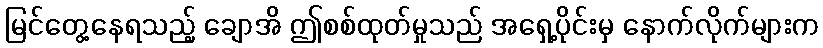
မြင်တွေ့နေရသည့် ချောအိ ဤစစ်ထုတ်မှုသည် အရှေ့ပိုင်းမှ နောက်လိုက်များက